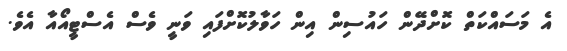
އެ މަސައްކަތް ކޮށްދޭން ހައުސިން އިން ހަވާލުކޮށްފައި ވަނީ ވެސް އެސްޓީއޯއާ އެވެ.